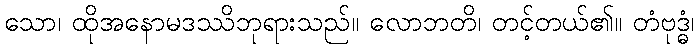
သော၊ ထိုအနောမဒဿိဘုရားသည်။ လောဘတိ၊ တင့်တယ်၏။ တံဗုဒ္ဓံ၊